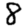
Digit: 8